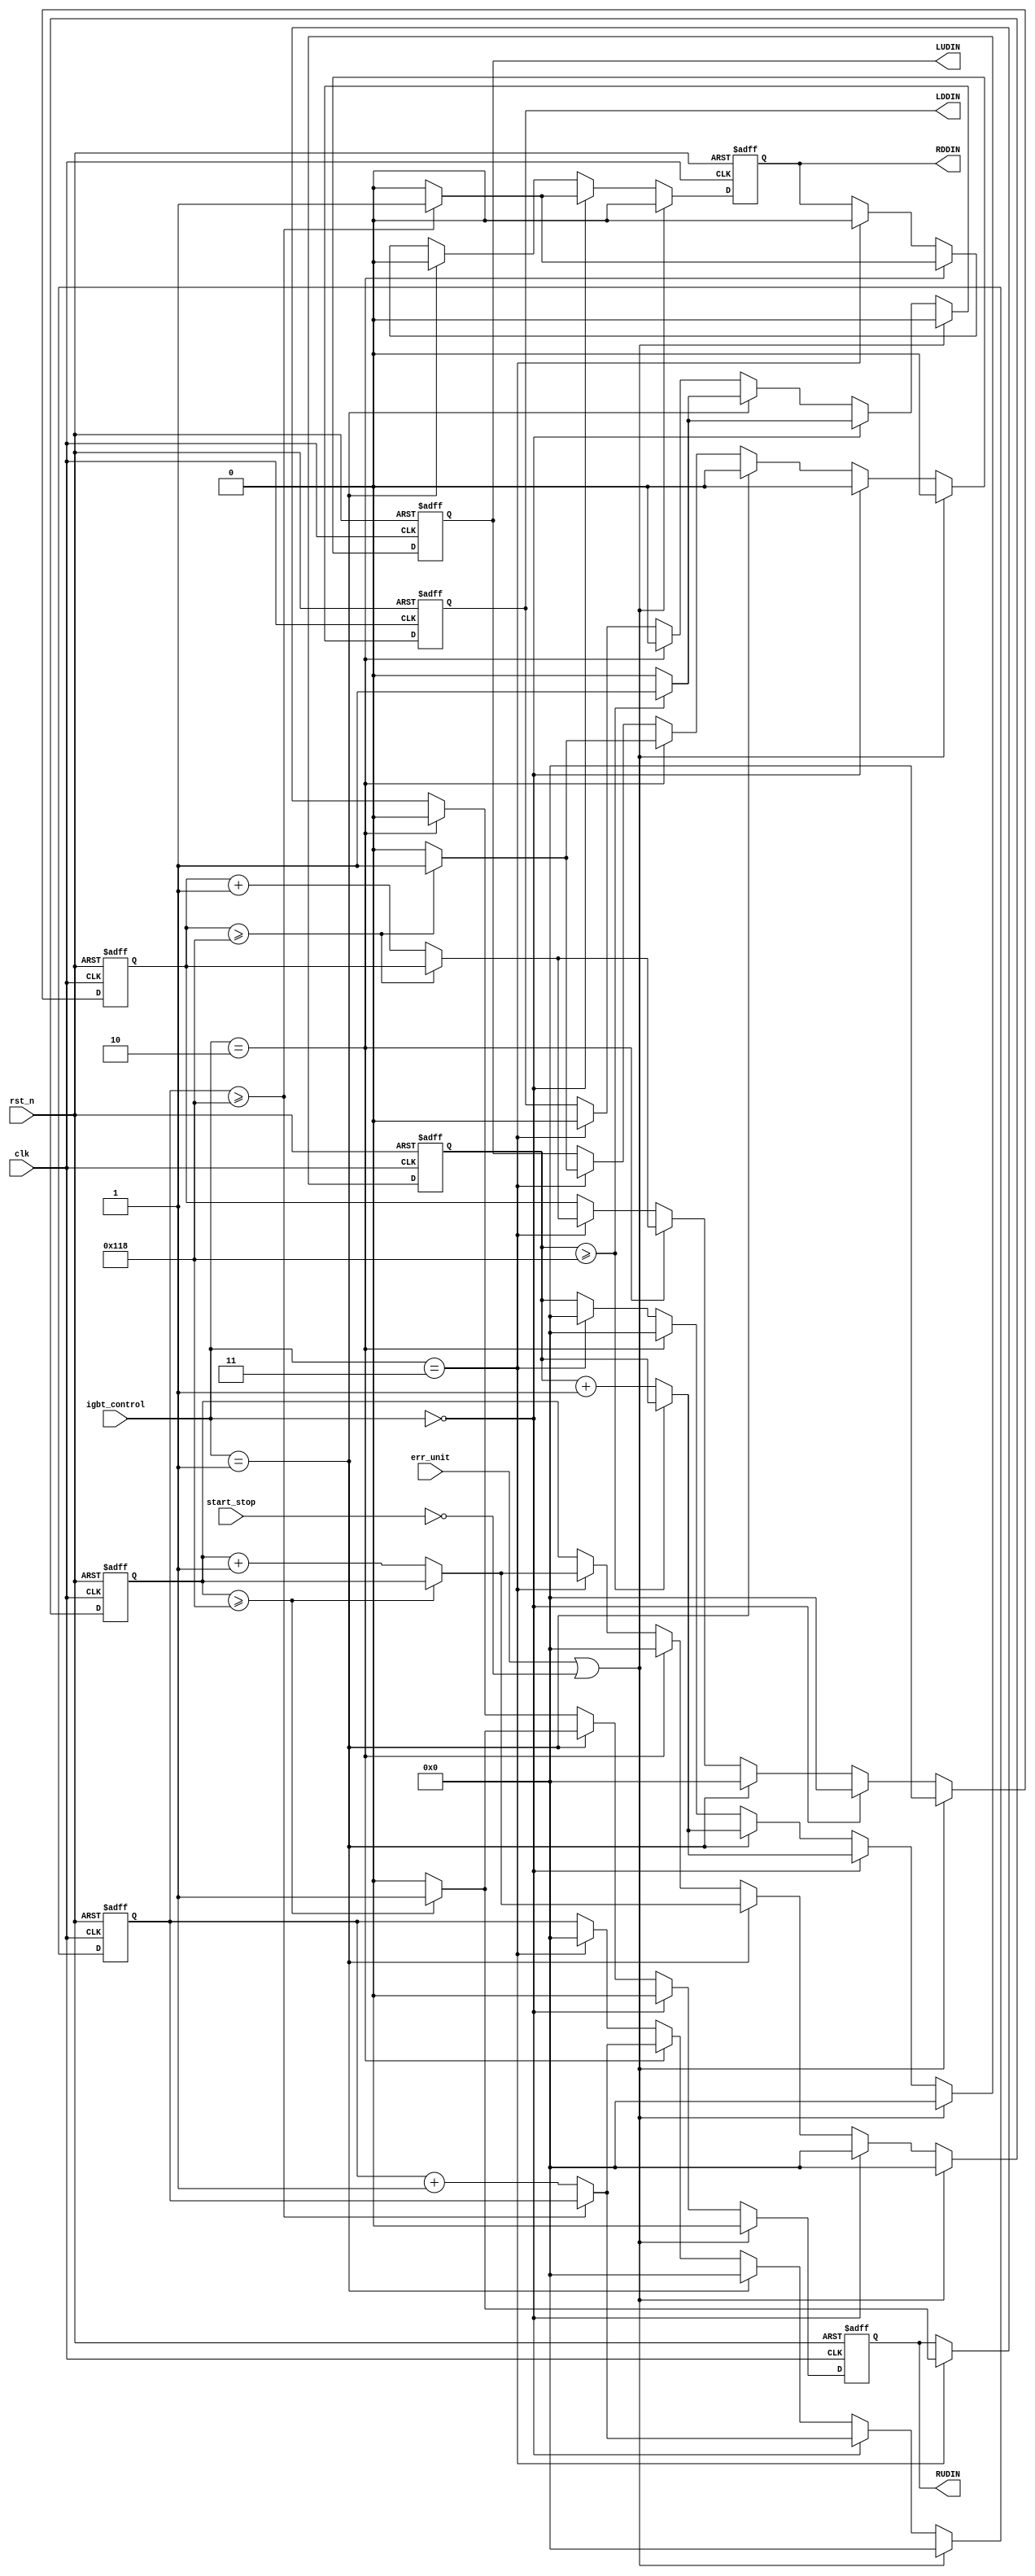
 
module pwm_out(
					clk			,
					rst_n			,
					err_unit 	,//
					start_stop	,//
					igbt_control,
					RUDIN			,
					RDDIN			,
					LUDIN			,
					LDDIN		
				  );
input clk			;
input rst_n			;
input err_unit ;
input start_stop;
input [1:0]igbt_control;	 	
output RUDIN;
output RDDIN;
output LUDIN;
output LDDIN;		

reg RUDIN;
reg RDDIN;
reg LUDIN;
reg LDDIN;
reg [8:0]RUCnt;//,Erik
reg [8:0]RDCnt;
reg [8:0]LUCnt;
reg [8:0]LDCnt;

parameter DeadTime =280;//9us//360; //280;//hff-7us-280;	

always@(posedge clk or negedge rst_n)
begin 
	if(!rst_n)
	begin 
		RUDIN<=1'b0;//IGBT,Erik
		RDDIN<=1'b0;
		LUDIN<=1'b0;
		LDDIN<=1'b0;
        RUCnt<=1'b0;
        RDCnt<=1'b0;
        LUCnt<=1'b0;
        LDCnt<=1'b0;
	end 
	else if(err_unit==1|start_stop==0)//  
	begin 
		RUDIN<=1'b0;
		RDDIN<=1'b0;
		LUDIN<=1'b0;
		LDDIN<=1'b0;
        RUCnt<=1'b0;
        RDCnt<=1'b0;
        LUCnt<=1'b0;
        LDCnt<=1'b0;
	end 	
	else if(igbt_control==2'b00)//
	begin 
		RUDIN<=1'b0;
        RUCnt<=1'b0;
		
        if(RDCnt >= DeadTime)
        begin
        	RDDIN<=1'b1;
        end
        else
        begin
        	RDDIN<=1'b0;
            RDCnt<=RDCnt + 1'b1;
        end
		
        LUDIN<=1'b0;
        LUCnt<=1'b0;
        if(LDCnt >= DeadTime)
        begin
        	LDDIN<=1'b1;
        end
        else
        begin
        	LDDIN<=1'b0;
            LDCnt<=LDCnt + 1'b1;
        end
	end 
	else if(igbt_control==2'b01)//
	begin
	   
        if(RUCnt >= DeadTime)
        begin
        	RUDIN<=1'b1;
        end
        else
        begin
        	RUDIN<=1'b0;
            RUCnt<=RUCnt + 1'b1;
        end     
		RDDIN<=1'b0;
        RDCnt<=1'b0;
	
        if(LDCnt >= DeadTime)
        begin
        	LDDIN<=1'b1;
        end
        else
        begin
        	LDDIN<=1'b0;
            LDCnt<=LDCnt + 1'b1;
        end
		LUDIN<=1'b0;
        LUCnt<=1'b0;
	end 	
	else if(igbt_control==2'b10)////LUDIN=1 RD=0 LU=0 RD=1
	begin
        if(LUCnt >= DeadTime)
        begin
        	LUDIN<=1'b1;
        end
        else
        begin
        	LUDIN<=1'b0;
            LUCnt<=LUCnt + 1'b1;
        end
		LDDIN<=1'b0;
        LDCnt<=1'b0;
		if(RDCnt >= DeadTime)
        begin
        	RDDIN<=1'b1;
        end
        else
        begin
        	RDDIN<=1'b0;
            RDCnt<=RDCnt + 1'b1;
        end
		RUDIN<=1'b0;
        RUCnt<=1'b0;
	end 
	else if(igbt_control==2'b11)//
	begin 
        if(RUCnt >= DeadTime)
        begin
        	RUDIN<=1'b1;
        end
        else
        begin
        	RUDIN<=1'b0;
            RUCnt<=RUCnt + 1'b1;
        end     
		RDDIN<=1'b0;
        RDCnt<=1'b0;

        if(LUCnt >= DeadTime)
        begin
        	LUDIN<=1'b1;
        end
        else
        begin
        	LUDIN<=1'b0;
            LUCnt<=LUCnt + 1'b1;
        end
		LDDIN<=1'b0;
        LDCnt<=1'b0;
	end 
end 
endmodule